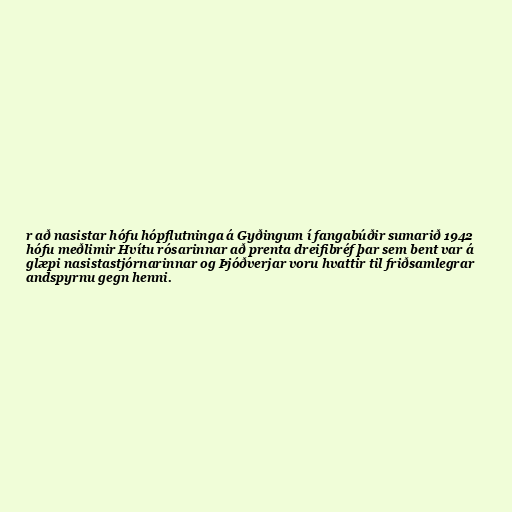
r að nasistar hófu hópflutninga á Gyðingum í fangabúðir sumarið 1942
hófu meðlimir Hvítu rósarinnar að prenta dreifibréf þar sem bent var á
glæpi nasistastjórnarinnar og Þjóðverjar voru hvattir til friðsamlegrar
andspyrnu gegn henni.